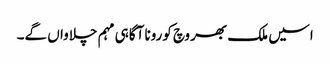
اسیں ملک بھر وچ کورونا آگاہی مہم چلاواں گے۔